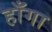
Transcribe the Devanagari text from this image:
हाँगा